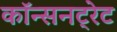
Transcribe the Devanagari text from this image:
कॉन्सनट्रेट